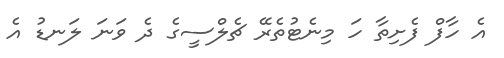
އެ ހާފް ފެށިތާ ހަ މިނެޓުތެރޭ ޗެލްސީގެ ދެ ވަނަ ލަނޑު އެ